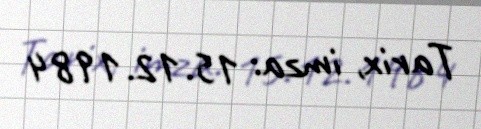
Tarix, imza: 15.12.1984